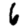
Digit: 6